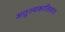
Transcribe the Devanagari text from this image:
अतुल्यकालिकता